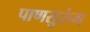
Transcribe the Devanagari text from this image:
पाणसुरुंग